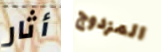
أثار المزدوج